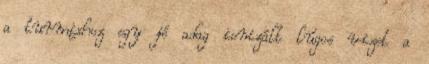
a turmixhoz egy jó adag ionizált lúgos vizet a